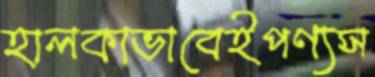
হালকাভাবেইপণ্যস